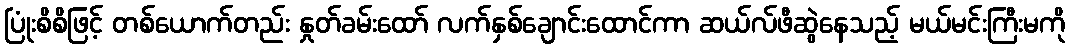
ပြုံးစိစိဖြင့် တစ်ယောက်တည်း နှုတ်ခမ်းထော် လက်နှစ်ချောင်းထောင်ကာ ဆယ်လ်ဖီဆွဲနေသည့် မယ်မင်းကြီးမကို